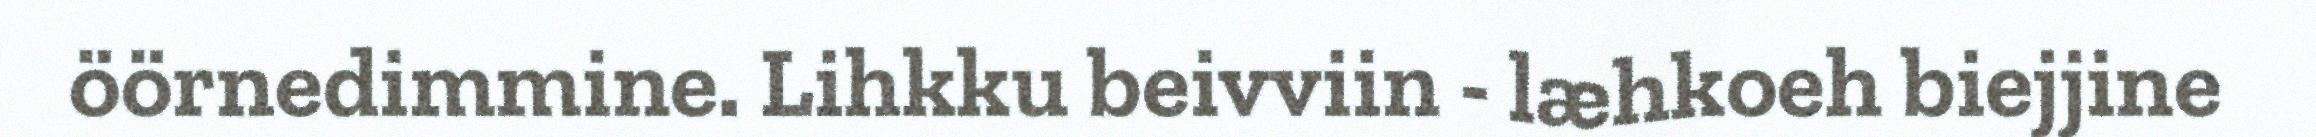
öörnedimmine. Lihkku beivviin - læhkoeh biejjine